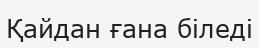
Қайдан ғана біледі